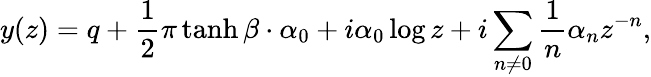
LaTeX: y(z)=q+\frac{1}{2}\pi\operatorname{tanh}\beta\cdot\alpha_{0}+i\alpha_{0}\log z+i\sum_{n\neq 0}\frac{1}{n}\alpha_{n}z^{-n},